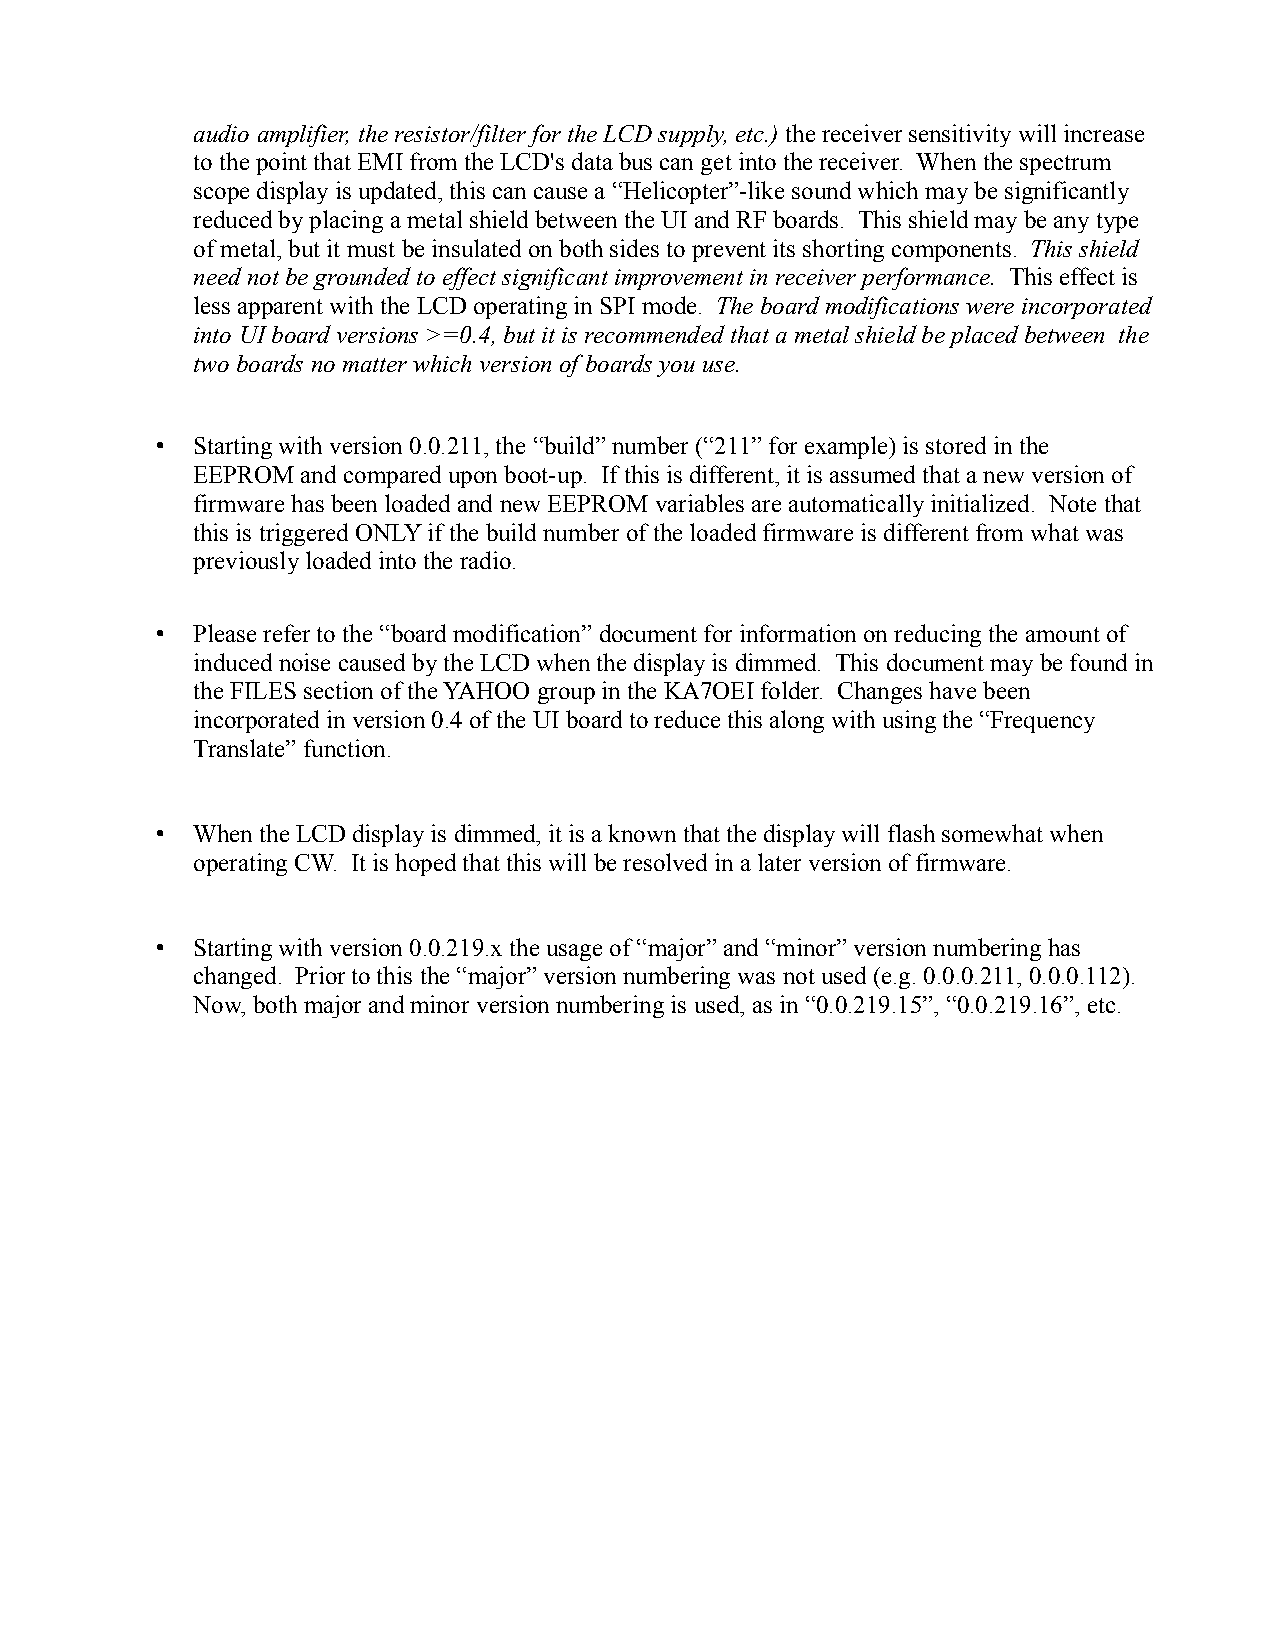
audio amplifier, the resistor/filter for the LCD supply, etc.) the receiver sensitivity will increase
 to the point that EMI from the LCD's data bus can get into the receiver. When the spectrum
 scope display is updated, this can cause a “Helicopter”-like sound which may be significantly
 reduced by placing a metal shield between the UI and RF boards. This shield may be any type
 of metal, but it must be insulated on both sides to prevent its shorting components. This shield
 need not be grounded to effect significant improvement in receiver performance. This effect is
 less apparent with the LCD operating in SPI mode. The board modifications were incorporated
 into UI board versions >=0.4, but it is recommended that a metal shield be placed between the
 two boards no matter which version of boards you use.
 •  Starting with version 0.0.211, the “build” number (“211” for example) is stored in the
 EEPROM and compared upon boot-up. If this is different, it is assumed that a new version of
 firmware has been loaded and new EEPROM variables are automatically initialized. Note that
 this is triggered ONLY if the build number of the loaded firmware is different from what was
 previously loaded into the radio.
 •  Please refer to the “board modification” document for information on reducing the amount of
 induced noise caused by the LCD when the display is dimmed. This document may be found in
 the FILES section of the YAHOO group in the KA7OEI folder. Changes have been
 incorporated in version 0.4 of the UI board to reduce this along with using the “Frequency
 Translate” function.
 •  When the LCD display is dimmed, it is a known that the display will flash somewhat when
 operating CW. It is hoped that this will be resolved in a later version of firmware.
 •  Starting with version 0.0.219.x the usage of “major” and “minor” version numbering has
 changed. Prior to this the “major” version numbering was not used (e.g. 0.0.0.211, 0.0.0.112).
 Now, both major and minor version numbering is used, as in “0.0.219.15”, “0.0.219.16”, etc.